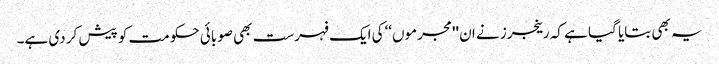
یہ بھی بتایا گیا ہے کہ رینجرز نے ان ''مجرموں‘‘کی ایک فہرست بھی صوبائی حکومت کو پیش کر دی ہے۔